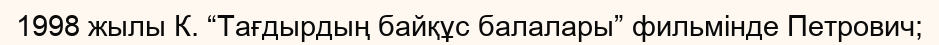
1998 жылы К. “Тағдырдың байқұс балалары” фильмінде Петрович;